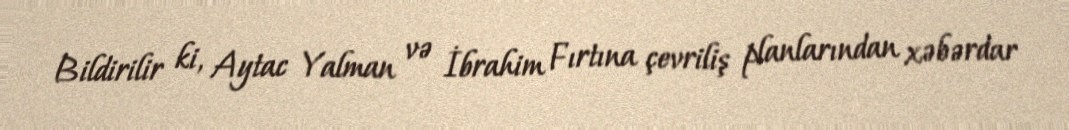
Bildirilir ki, Aytac Yalman və İbrahim Fırtına çevriliş planlarından xəbərdar